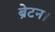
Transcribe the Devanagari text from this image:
ब्रेटन।